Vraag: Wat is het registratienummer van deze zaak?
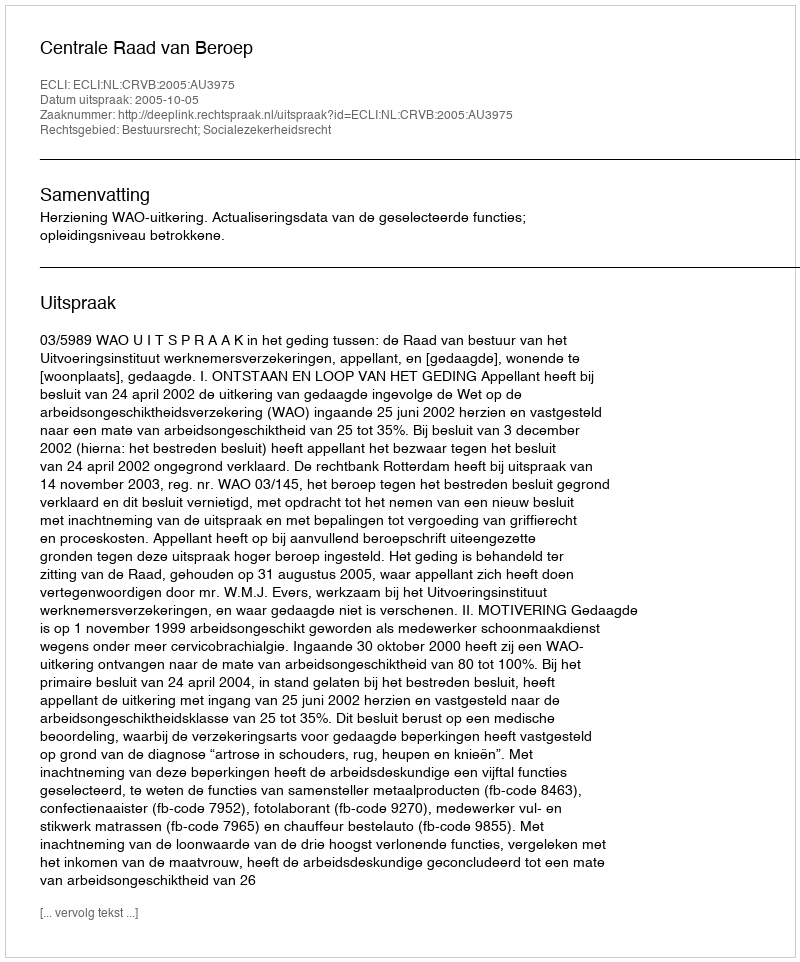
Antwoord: http://deeplink.rechtspraak.nl/uitspraak?id=ECLI:NL:CRVB:2005:AU3975